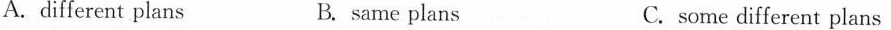
A. different plans B. same plans C. some different plans